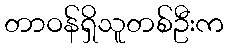
တာဝန်ရှိသူတစ်ဦးက